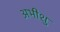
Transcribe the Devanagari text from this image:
अभीशु